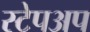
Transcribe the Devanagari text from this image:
स्टेपअप